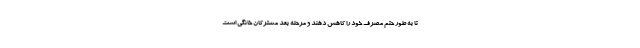
تا به طور حتم مصرف خود را کاهش دهند و مرحله بعد مشترکان خانگی است